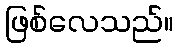
ဖြစ်လေသည်။